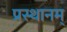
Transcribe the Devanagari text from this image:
प्रस्थानम्